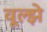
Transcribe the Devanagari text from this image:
वूल्झे